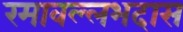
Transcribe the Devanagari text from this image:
रमावल्लभदास